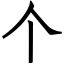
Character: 个